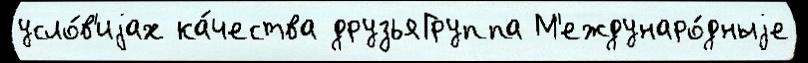
усло́в'иjах ка́чества друзьяГруппа М'еждунаро́дныjе